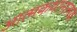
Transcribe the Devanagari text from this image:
आत्मकथानात्मक